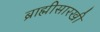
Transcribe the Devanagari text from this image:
ब्राह्मीसारखी